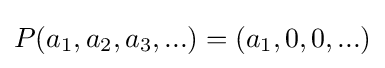
P(a_{1},a_{2},a_{3},...)=(a_{1},0,0,...)